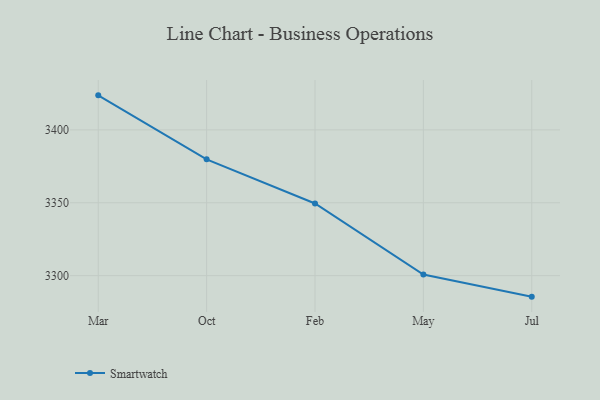
{"axis": {"x": "Month", "y": "Churn Rate (%)"}, "legend": ["Smartwatch"], "data": [{"x": "Mar", "y": 3423.7, "type": "Smartwatch"}, {"x": "Oct", "y": 3379.8, "type": "Smartwatch"}, {"x": "Feb", "y": 3349.5, "type": "Smartwatch"}, {"x": "May", "y": 3300.8, "type": "Smartwatch"}, {"x": "Jul", "y": 3285.6, "type": "Smartwatch"}]}